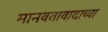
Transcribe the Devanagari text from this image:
मानवतावादाच्या